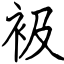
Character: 衱